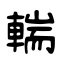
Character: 輲